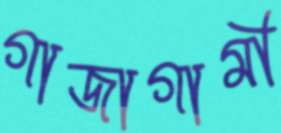
গাজাগামী